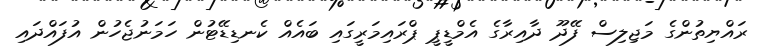
ރައްޔިތުންގެ މަޖިލިސް ފޭދޫ ދާއިރާގެ އެމްޑީޕީ ޕްރައިމަރީގައި ބައެއް ކެނޑިޑޭޓުން ހަމަނުޖެހުން އުފައްދައި